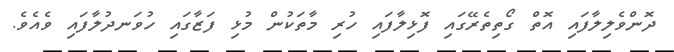
ދޮންވެލިލާފައި އޮތް ގޯތިތެރޭގައި ފޮޅިލާފައި ހުރި މާތަކުން މުޅި ފަޒާގައި ހުވަނދުލާފައި ވެއެވެ.